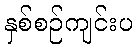
နှစ်စဉ်ကျင်းပ